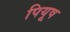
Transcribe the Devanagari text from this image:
पियूष